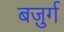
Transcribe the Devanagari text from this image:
बज़ुर्ग